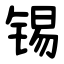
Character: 锡